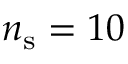
n _ { \mathrm { s } } = 1 0